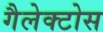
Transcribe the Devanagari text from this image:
गैलेक्टोस